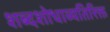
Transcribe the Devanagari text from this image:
शब्दशोधाव्यतिरिक्त